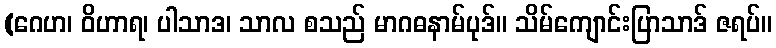
(ဂေဟ၊ ဝိဟာရ၊ ပါသာဒ၊ သာလ စသည် မာဂဓနာမ်ပုဒ်။ သိမ်ကျောင်းပြာသာဒ် ဇရပ်။